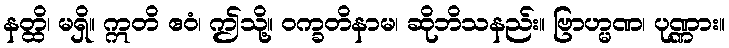
နတ္ထိ၊ မရှိ။ ဣတိ ဧဝံ၊ ဤသို့။ ဝက္ခတိနာမ၊ ဆိုဘိသနည်း။ ဗြာဟ္မဏ၊ ပုဏ္ဏား။